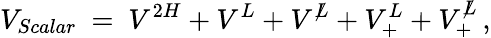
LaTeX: V_{Scalar}\ =\ V^{2H}+V^{L}+V^{\not L}+V_{+}^{L}+V_{+}^{\not L}\, ,